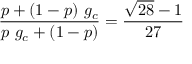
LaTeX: { \frac { p + ( 1 - p ) \ g _ { c } } { p \ g _ { c } + ( 1 - p ) } } = { \frac { \sqrt { 2 8 } - 1 } { 2 7 } }